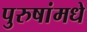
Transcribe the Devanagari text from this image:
पुरुषांमधे